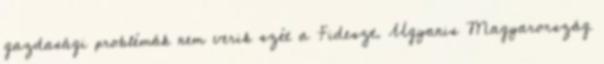
gazdasági problémák nem verik szét a Fideszt. Ugyanis Magyarország